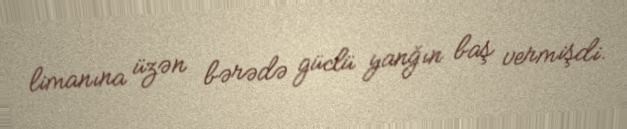
limanına üzən bərədə güclü yanğın baş vermişdi.